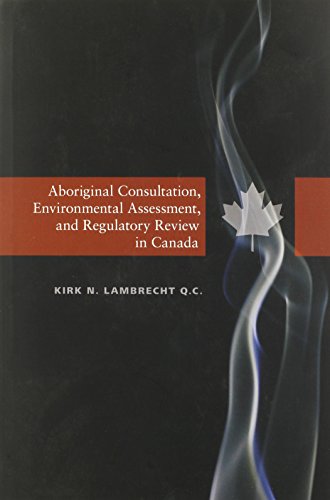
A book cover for Aboriginal Consultation, Environmental Assessment, and Regulatory Review in Canada (CPS); Kirk N. Lambrecht; Law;